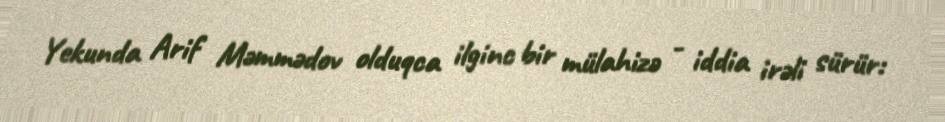
Yekunda Arif Məmmədov olduqca ilginc bir mülahizə - iddia irəli sürür: